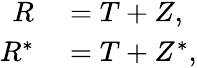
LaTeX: \begin{array}{rl}{R}&{{}=T+Z,}\\ {R^{*}}&{{}=T+Z^{*},}\end{array}